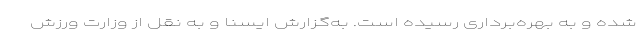
شده و به بهره‌برداری رسیده است. به‌گزارش ایسنا و به نقل از وزارت ورزش